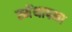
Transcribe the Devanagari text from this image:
स्मेंथापना